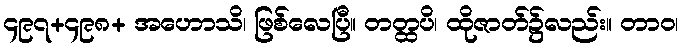
၄၉၇+၄၉၈+ အဟောသိ၊ ဖြစ်လေပြီ။ တတ္ထပိ၊ ထိုဇာတ်၌လည်း။ တာဝ၊